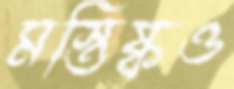
মস্তিষ্কও